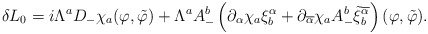
\begin{align*}\delta L_0 =i\Lambda^a D_- \chi_a (\varphi ,\tilde{\varphi})+\Lambda^a A_{-}^{b} \left( \partial_\alpha \chi_a \xi^{\alpha}_{b}+\partial_{\overline{\alpha}} \chi_a A_{-}^{b}\tilde{\xi}^{\overline{\alpha}}_b \right) (\varphi ,\tilde{\varphi}) .\end{align*}